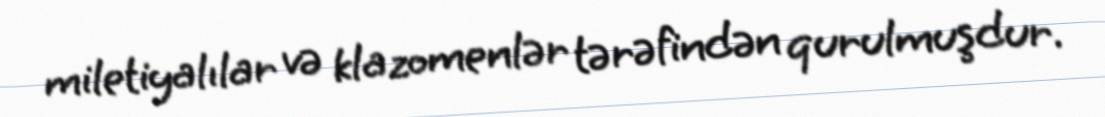
miletiyalılar və klazomenlər tərəfindən qurulmuşdur.